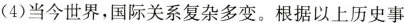
(4)当今世界，国际关系复杂多变。根据以上历史事